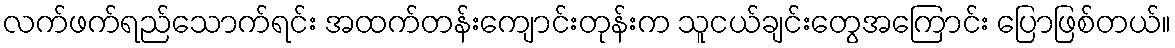
လက်ဖက်ရည်သောက်ရင်း အထက်တန်းကျောင်းတုန်းက သူငယ်ချင်းတွေအကြောင်း ပြောဖြစ်တယ်။